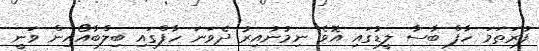
ފުރަތަމަ ހާފް ބާސާ ލީޑުގައި އޮވެ ނިމުނުއިރު ދެވަނަ ހާފްގައި ބިލްބާއޯއިން ވަނީ